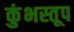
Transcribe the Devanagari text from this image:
कुंभस्तूप